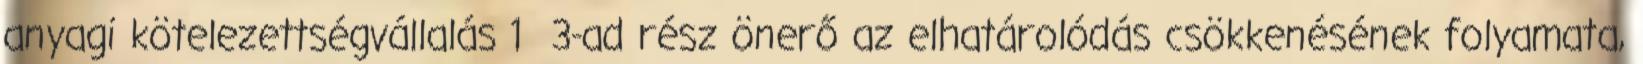
anyagi kötelezettségvállalás 1 3-ad rész önerő az elhatárolódás csökkenésének folyamata,